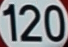
120